Treatise on elephants
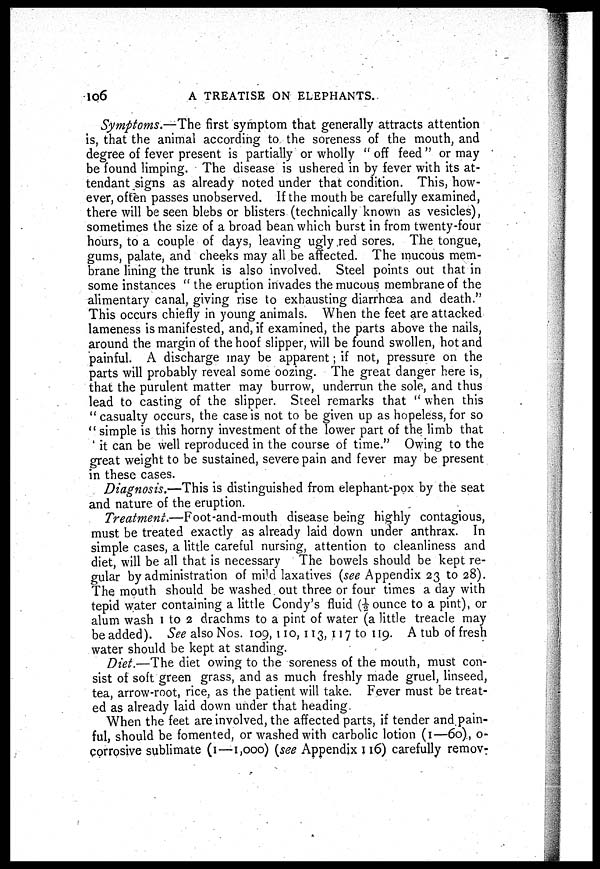
106
A TREATISE ON ELEPHANTS.
Symptoms.—The first symptom that generally attracts attention
is, that the animal according to the soreness of the mouth, and
degree of fever present is partially or wholly "off feed" or may
be found limping. The disease is ushered in by fever with its at-
tendant signs as already noted under that condition. This, how-
ever, often passes unobserved. If the mouth be carefully examined,
there will be seen blebs or blisters (technically known as vesicles),
sometimes the size of a broad bean which burst in from twenty-four
hours, to a couple of days, leaving ugly red sores. The tongue,
gums, palate, and cheeks may all be affected. The mucous mem-
brane lining the trunk is also involved. Steel points out that in
some instances "the eruption invades the mucous membrane of the
alimentary canal, giving rise to exhausting diarrhoea and death."
This occurs chiefly in young animals. When the feet are attacked
lameness is manifested, and, if examined, the parts above the nails,
around the margin of the hoof slipper, will be found swollen, hot and
painful. A discharge may be apparent; if not, pressure on the
parts will probably reveal some oozing. The great danger here is,
that the purulent matter may burrow, underrun the sole, and thus
lead to casting of the slipper. Steel remarks that " when this
" casualty occurs, the case is not to be given up as hopeless, for so
" simple is this horny investment of the lower part of the limb that
' it can be well reproduced in the course of time." Owing to the
great weight to be sustained, severe pain and fever may be present
in these cases.
Diagnosis.—This is distinguished from elephant-pox by the seat
and nature of the eruption.
Treatment.—Foot-and-mouth disease being highly contagious,
must be treated exactly as already laid down under anthrax. In
simple cases, a little careful nursing, attention to cleanliness and
diet, will be all that is necessary The bowels should be kept re-
gular by administration of mild laxatives (see Appendix 23 to 28).
The mouth should be washed out three or four times a day with
tepid water containing a little Condy's fluid (½ ounce to a pint), or
alum wash 1 to 2 drachms to a pint of water (a little treacle may
be added). See also Nos. 109, 110, 113, 117 to 119. A tub of fresh
water should be kept at standing.
Diet.—The diet owing to the soreness of the mouth, must con-
sist of soft green grass, and as much freshly made gruel, linseed,
tea, arrow-root, rice, as the patient will take. Fever must be treat-
ed as already laid down under that heading.
When the feet are involved, the affected parts, if tender and pain-
ful, should be fomented, or washed with carbolic lotion (1—60), o-
corrosive sublimate (1—1,000) (see Appendix 116) carefully remov-